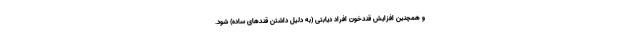
و همچنین افزایش قندخون افراد دیابتی (به دلیل داشتن قندهای ساده) شود.